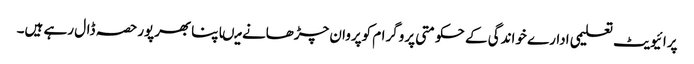
پرائیویٹ تعلیمی ادارے خواندگی کے حکومتی پروگرام کوپروان چڑھانے میںاپنابھرپورحصہ ڈال رہے ہیں۔